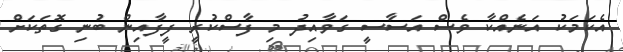
އެކަމަކު އަނެއްކާ ވެސް އަސާސީ ގަވާއިދު މި ފާސްކުރީ ފީފާއިން ބުނި ގޮތަކަށް